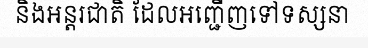
និងអន្តរជាតិ ដែលអញ្ជើញទៅទស្សនា